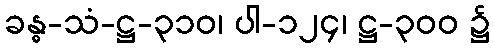
ခန္ဓ-သံ-ဋ္ဌ-၃၁၀၊ ပါ-၁၂၄၊ ဋ္ဌ-၃၀၀ ၌